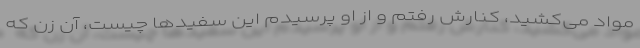
مواد می‌کشید، کنارش رفتم و از او پرسیدم این سفیدها چیست، آن زن که